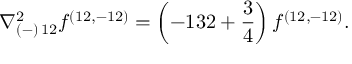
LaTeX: { \nabla _ { ( - ) \, 1 2 } ^ { 2 } f ^ { ( 1 2 , - 1 2 ) } = \left( - 1 3 2 + { \frac { 3 } { 4 } } \right) f ^ { ( 1 2 , - 1 2 ) } . }